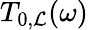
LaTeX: T_{0,\mathcal{L}}(\omega)